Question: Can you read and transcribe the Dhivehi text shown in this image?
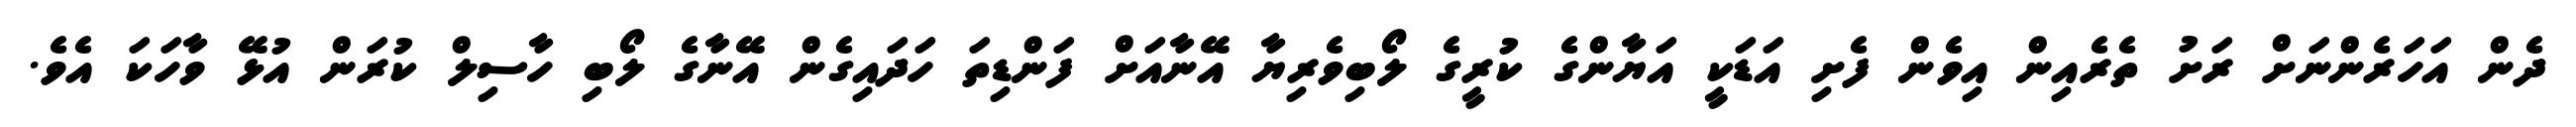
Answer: ދެން އަހަރެންނަށް ރަށު ތެރެއިން އިވެން ފެށި އަޑަކީ އަޔާންގެ ކުރީގެ ލޯބިވެރިޔާ އޭނާއަށް ފަންޑިތަ ހަދައިގެން އޭނާގެ ލޯބި ހާސިލް ކުރަން އުޅޭ ވާހަކަ އެވެ.